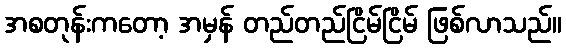
အစတုန်းကတော့ အမှန် တည်တည်ငြိမ်ငြိမ် ဖြစ်လာသည်။